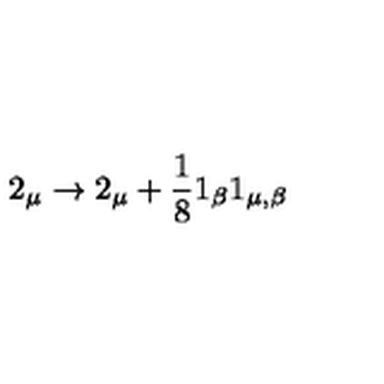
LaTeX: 2 _ { \mu } \rightarrow 2 _ { \mu } + \frac { 1 } { 8 } 1 _ { \beta } 1 _ { \mu , \beta }